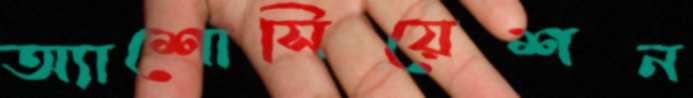
অ্যাশোসিয়েশন